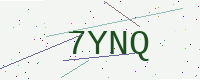
Text: 7YNQ